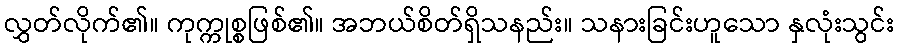
လွှတ်လိုက်၏။ ကုက္ကုစ္စဖြစ်၏။ အဘယ်စိတ်ရှိသနည်း။ သနားခြင်းဟူသော နှလုံးသွင်း